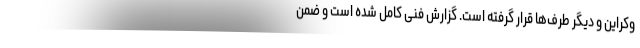
وکراین و دیگر طرف‌ها قرار گرفته است. گزارش فنی کامل شده است و ضمن